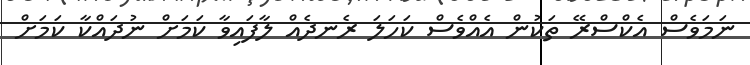
ނަމަވެސް އެކްސްރޭ ތަކުން އެއްވެސް ކަހަލަ ރެނދެއް ލާފައިވާ ކަމަށް ނުދައްކާ ކަަމަށް